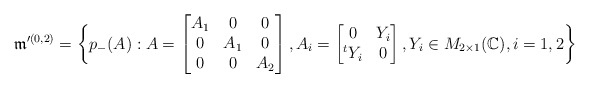
\begin{align*}\frak{m}'^{(0,2)}=\bigg\{p_-(A): A=\begin{bmatrix} A_1 & 0 & 0\\ 0 & A_1 & 0\\ 0 & 0 & A_2\end{bmatrix}, A_i=\begin{bmatrix} 0 & Y_i \\ ^tY_i & 0 \end{bmatrix}, Y_i\in M_{2\times 1}(\mathbb{C}), i=1,2\bigg\}\end{align*}